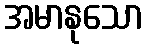
အမာနုသော